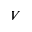
V